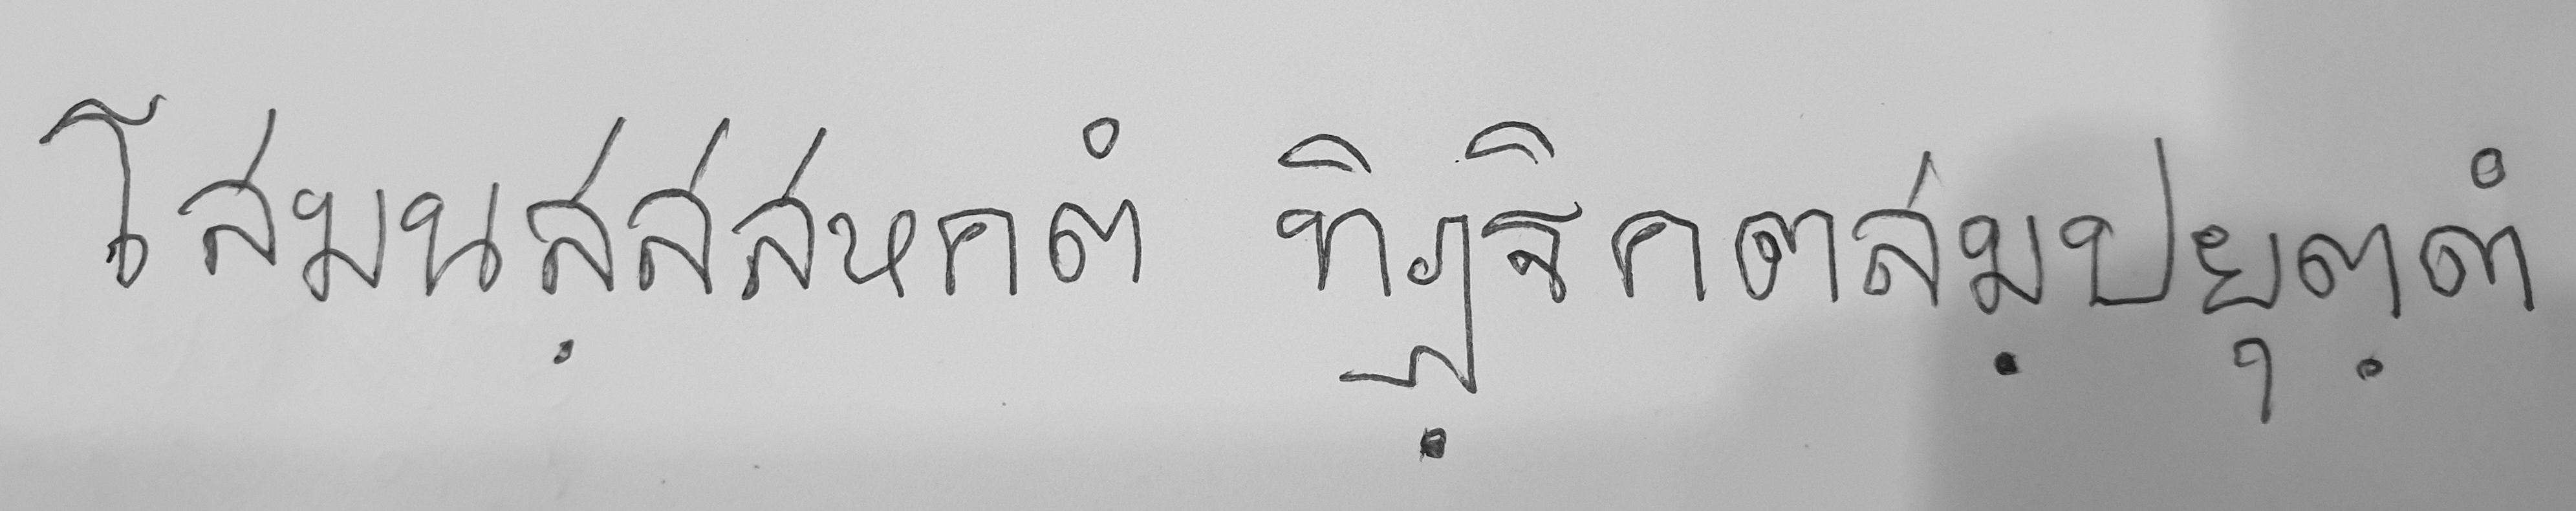
โสมนสสสหคต ทิฎฐิคตสมปยุตต